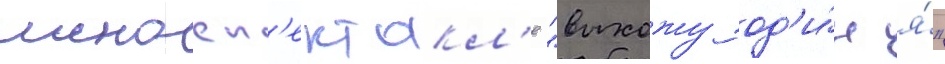
моносп'ектакл'е "выхожу од'и́н я́"